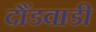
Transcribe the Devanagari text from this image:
दौंडवाडी